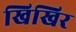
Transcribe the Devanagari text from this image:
खिखिर